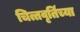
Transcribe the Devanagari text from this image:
चित्तवृतिंच्या